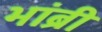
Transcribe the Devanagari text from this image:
भांब्री